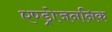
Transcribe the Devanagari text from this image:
एण्ड्रोजननिक